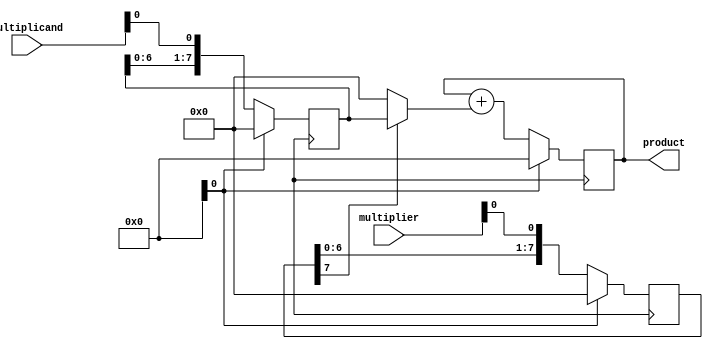
module shift_and_add_multiplier (
    input [7:0] multiplier,
    input [7:0] multiplicand,
    output reg [15:0] product
);

reg [7:0] shift_reg_multiplier;
reg [7:0] shift_reg_multiplicand;
reg [15:0] partial_product;
reg [3:0] shift_count;

always @ (posedge clk) begin
    if (reset) begin
        shift_reg_multiplier <= 8'b0;
        shift_reg_multiplicand <= 8'b0;
        partial_product <= 16'b0;
        shift_count <= 4'b0;
    end else begin
        shift_reg_multiplier <= {shift_reg_multiplier[6:0], multiplier[0]};
        shift_reg_multiplicand <= {shift_reg_multiplicand[6:0], multiplicand[0]};
        partial_product <= partial_product + (shift_reg_multiplier[7] ? shift_reg_multiplicand : 16'b0);
        shift_count <= shift_count + 1;
    end
end

assign product = partial_product;

endmodule